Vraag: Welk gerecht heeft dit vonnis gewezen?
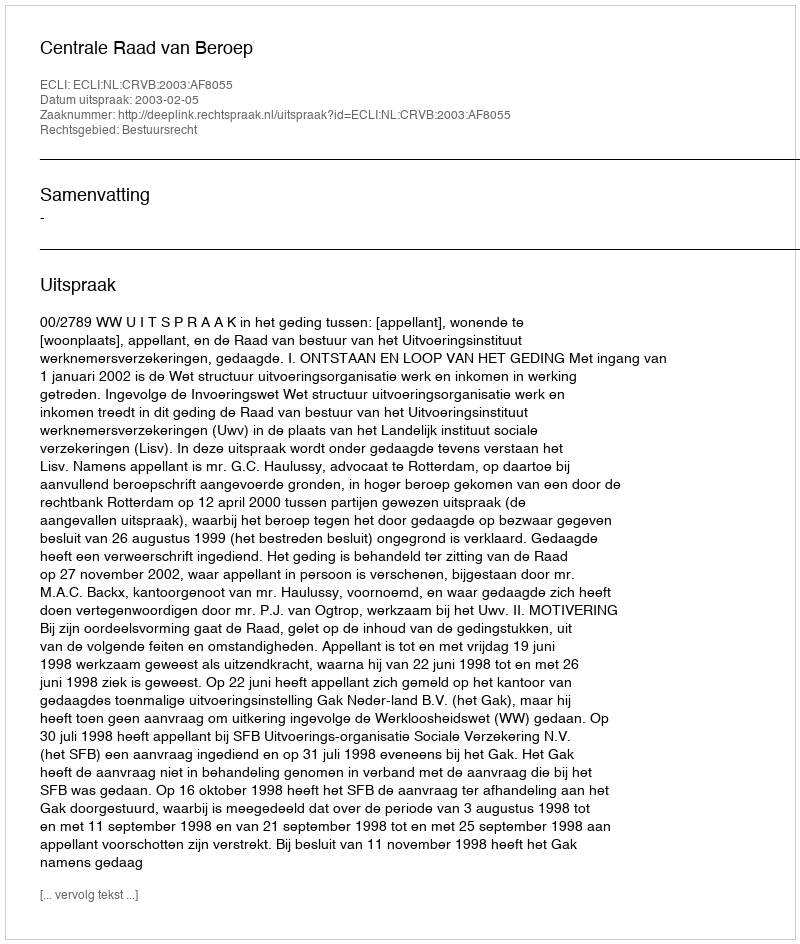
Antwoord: Centrale Raad van Beroep